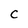
Character: c